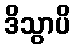
ဒိသွာပိ